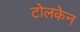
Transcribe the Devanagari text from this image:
टोलकेन